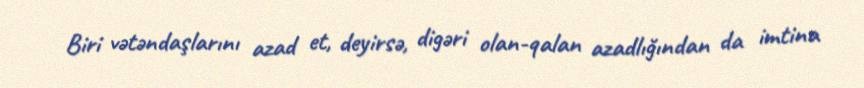
Biri vətəndaşlarını azad et, deyirsə, digəri olan-qalan azadlığından da imtina